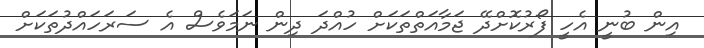
އިން ބުނީ އެހީ ފޯރުކޮށްދޭ ޖަމާއަތްތަކަށް ހުއްދަ ދިން ނަމަވެސް އެ ސަރަހައްދުތަކަށް